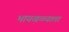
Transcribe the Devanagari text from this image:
भायखळ्याला